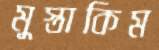
মুস্তাকিম